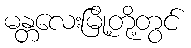
မန္တလေးမြို့တို့တွင်